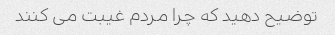
توضیح دهید که چرا مردم غیبت می کنند